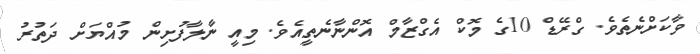
ވާކަށްނެތެވެ. ގްރޭޑް 10ގެ މޮކް އެގްޒާމް އޮންނާނެތީއެވެ. މިއީ ނާލާފުށިން މުއްޔަށް ދަތުރު